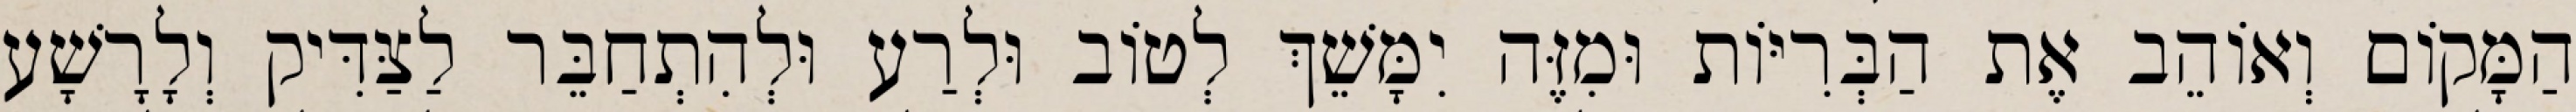
הַמָּקוֹם וְאוֹהֵב אֶת הַבְּרִיּוֹת וּמִזֶּה יִמָּשֵׁךְ לְטוֹב וּלְרַע וּלְהִתְחַבֵּר לַצַּדִּיק וְלָרָשָׁע